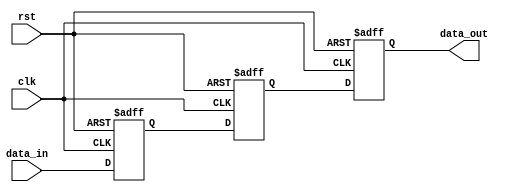
module three_flop_synchronizer (
    input wire clk,
    input wire rst,
    input wire data_in,
    output wire data_out
);

reg [2:0] reg1, reg2, reg3;

always @(posedge clk or posedge rst) begin
    if (rst) begin
        reg1 <= 1'b0;
        reg2 <= 1'b0;
        reg3 <= 1'b0;
    end else begin
        reg1 <= data_in;
        reg2 <= reg1;
        reg3 <= reg2;
    end
end

assign data_out = reg3;

endmodule